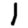
Digit: 1